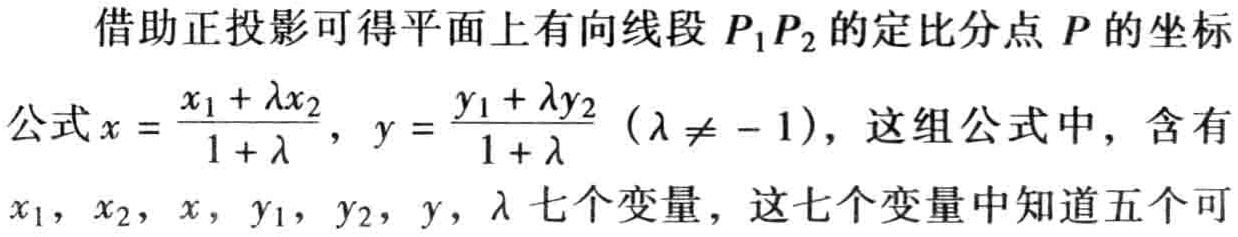
借助正投影可得平面上有向线段 \(P_1P_2\) 的定比分点 \(P\) 的坐标

公式\(x = \frac{x_1 + \lambda x_2}{1 + \lambda}\)，\(y = \frac{y_1 + \lambda y_2}{1 + \lambda}\)（\(\lambda \neq - 1\)），这组公式中，含有

\(x_1\)，\(x_2\)，\(x\)，\(y_1\)，\(y_2\)，\(y\)，\(\lambda\) 七个变量，这七个变量中知道五个可